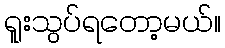
ရူးသွပ်ရတော့မယ်။